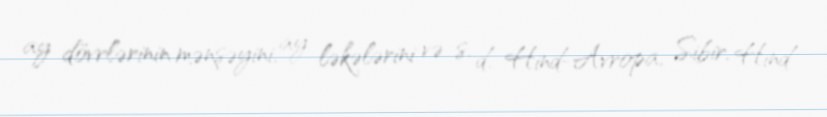
ay dövrlərinin mənşəyini, ay ləkələrini və s. d. Hind-Avropa, Sibir, Hind